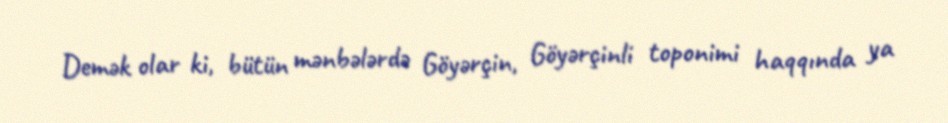
Demək olar ki, bütün mənbələrdə Göyərçin, Göyərçinli toponimi haqqında ya